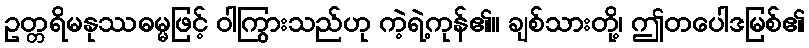
ဥတ္တရိမနုဿဓမ္မဖြင့် ဝါကြွားသည်ဟု ကဲ့ရဲ့ကုန်၏။ ချစ်သားတို့၊ ဤတပေါဒမြစ်၏